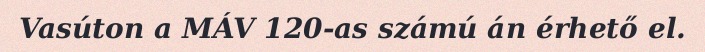
Vasúton a MÁV 120-as számú án érhető el.